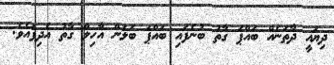
ދިޔައީ ދާތަނެއް ބައްޕަ ގާތު ބުނެފައި ބައްޕަ ބަލަން އާހިލް ގާތު އެދިފައެވެ.